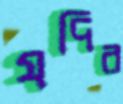
যদির